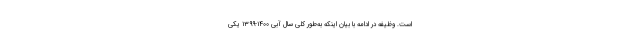
است. وظیفه در ادامه با بیان اینکه به‌طور کلی سال آبی ۱۴۰۰-۱۳۹۹ یکی